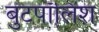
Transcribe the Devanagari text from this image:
बुटपॉलिश